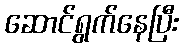
ဆောင်ရွက်နေပြီး